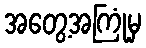
အတွေ့အကြုံမှ